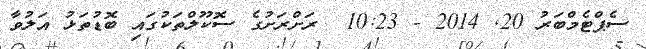
ސެޕްޓެމްބަރު 20